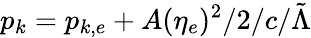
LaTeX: p_{k}=p_{k,e}+A(\eta_{e})^{2}/2/c/\tilde{\Lambda}